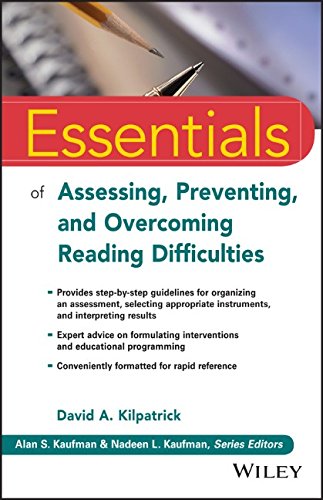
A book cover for Essentials of Assessing, Preventing, and Overcoming Reading Difficulties (Essentials of Psychological Assessment); Medical Books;